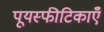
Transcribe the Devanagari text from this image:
पूयस्फीटिकाएँ